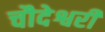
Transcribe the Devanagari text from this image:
चौदेश्वरी